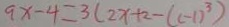
9 x - 4 = 3 ( 2 x + 2 - ( ( - 1 ) ) ^ { 3 } )